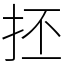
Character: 抷